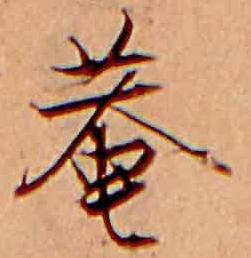
菴